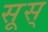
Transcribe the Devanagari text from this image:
सूस्